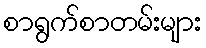
စာရွက်စာတမ်းများ